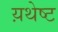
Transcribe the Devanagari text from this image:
य़थेष्ट